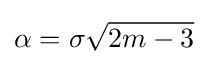
\alpha =\sigma {\sqrt {2m-3}}